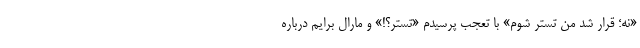
«نه؛ قرار شد من تستر شوم» با تعجب پرسیدم «تستر؟!» و مارال برایم درباره